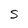
Character: S